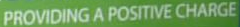
PROVIDING A POSITIVE CHARGE